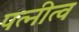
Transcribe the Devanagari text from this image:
पत्नीत्व